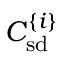
C _ { \mathrm { s d } } ^ { \{ i \} }